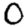
Digit: 0